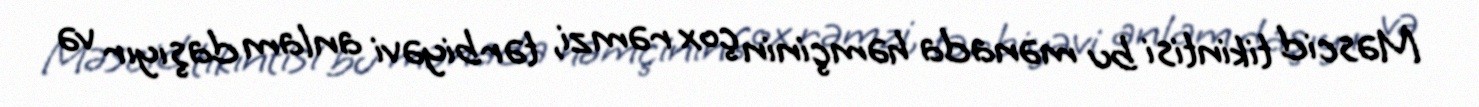
Məscid tikintisi bu mənada həmçinin çox rəmzi, tərbiyəvi anlam daşıyır və